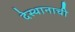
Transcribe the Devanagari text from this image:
देस्थानाची